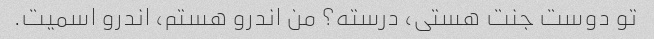
تو دوست جنت هستی، درسته؟ من اندرو هستم، اندرو اسمیت.